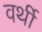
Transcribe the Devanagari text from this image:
वर्थी